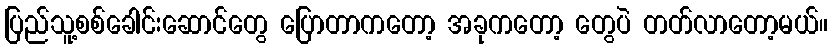
ပြည်သူ့စစ်ခေါင်းဆောင်တွေ ပြောတာကတော့ အခုကတော့ တွေပဲ တတ်လာတော့မယ်။